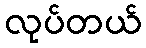
လုပ်တယ်